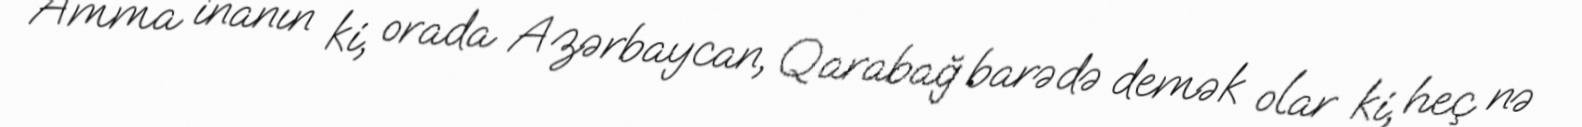
Amma inanın ki, orada Azərbaycan, Qarabağ barədə demək olar ki, heç nə